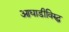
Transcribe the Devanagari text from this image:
आघाडीविरुद्ध